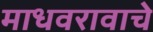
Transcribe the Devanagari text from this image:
माधवरावाचे